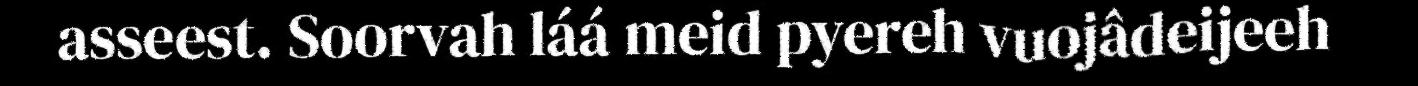
asseest. Soorvah láá meid pyereh vuojâdeijeeh